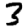
Digit: 3